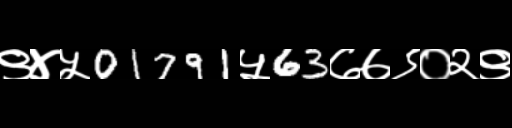
Text: ९४५01791५63७७९०२९